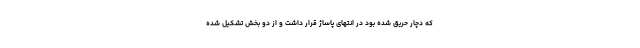
که دچار حریق شده بود در انتهای پاساژ قرار داشت و از دو بخش تشکیل شده